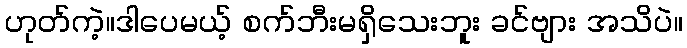
ဟုတ်ကဲ့။ဒါပေမယ့် စက်ဘီးမရှိသေးဘူး ခင်ဗျား အသိပဲ။